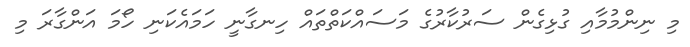
މި ނިންމުމާއި ގުޅިގެން ސަރުކާރުގެ މަސައްކަތްތައް ހިނގާނީ ހަމައެކަނި ހޯމަ އަންގާރަ މި